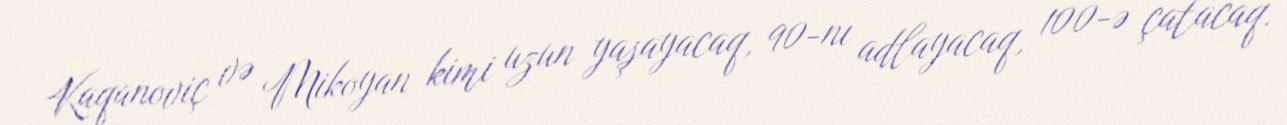
Kaqanoviç və Mikoyan kimi uzun yaşayacaq, 90-nı adlayacaq, 100-ə çatacaq.